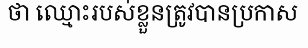
ថា ឈ្មោះរបស់ខ្លួនត្រូវបានប្រកាស